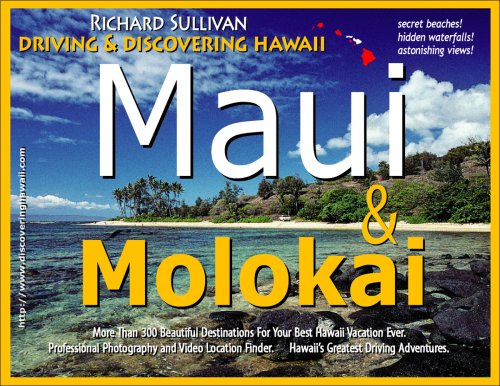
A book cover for Driving & Discovering Hawaii: Maui & Molokai; Richard Sullivan; Travel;